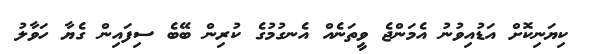
ކިޔަނިކޮށް އަޑުއިވުނު އެމަންޖެ ވީތަނެއް އެނގުމުގެ ކުރިން ބޭބެ ސިފައިން ގެޔާ ހަވާލު